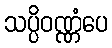
သပ္ပိဝဏ္ဏံပေ